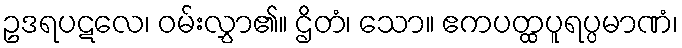
ဥဒရပဋလေ၊ ဝမ်းလွှာ၏။ ဌိတံ၊ သော။ ဧကပတ္ထပူရပ္ပမာဏံ၊